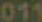
011